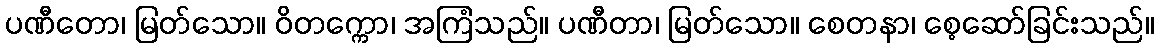
ပဏီတော၊ မြတ်သော။ ဝိတက္ကော၊ အကြံသည်။ ပဏီတာ၊ မြတ်သော။ စေတနာ၊ စေ့ဆော်ခြင်းသည်။